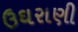
ઉઘરાણી